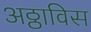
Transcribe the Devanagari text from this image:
अठ्ठाविस